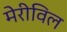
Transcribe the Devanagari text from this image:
मेरीविल